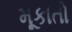
મૂકાતો